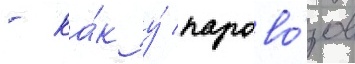
- ка́к у́ парово́зов